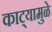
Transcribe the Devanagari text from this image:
काट्यामुळे